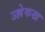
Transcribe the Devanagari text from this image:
उल्लेकख